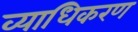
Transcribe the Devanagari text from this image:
व्याधिकरण